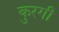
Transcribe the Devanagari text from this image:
कुरगी